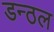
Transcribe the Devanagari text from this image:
डन्ठल